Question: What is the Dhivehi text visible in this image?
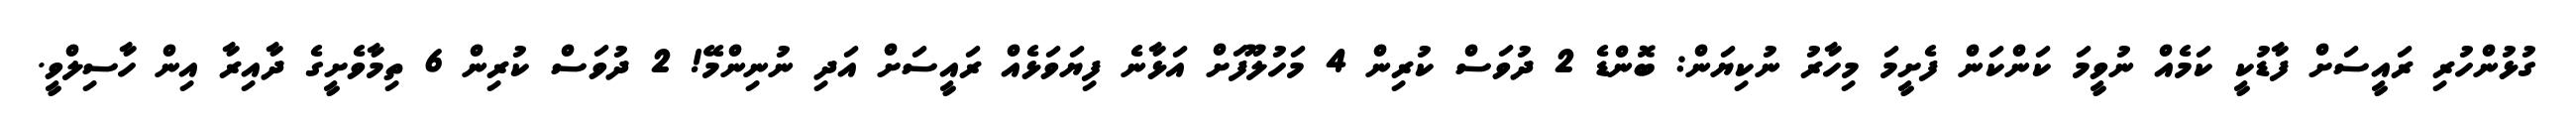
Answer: ގުޅުންހުރި ރައީސަށް ފާޑުކީ ކަމެއް ނުވީމަ ކަންކަން ފެށީމަ މިހާރު ނުކިޔަން: ބޮންޑެ 2 ދުވަސް ކުރިން 4 މަހުލޫފަށް އަޅާނެ ފިޔަވަޅެއް ރައީސަށް އަދި ނުނިންމޭ! 2 ދުވަސް ކުރިން 6 ތިމާވެށީގެ ދާއިރާ އިން ހާސިލްވީ.